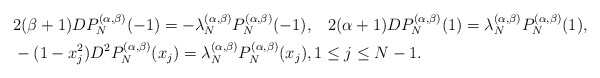
\begin{align*}& 2(\beta+1) DP_N^{(\alpha,\beta)}(-1)=-\lambda^{(\alpha,\beta)}_N P_N^{(\alpha,\beta)}(-1), \;\;\; 2(\alpha+1) DP_N^{(\alpha,\beta)}(1)=\lambda^{(\alpha,\beta)}_N P_N^{(\alpha,\beta)}(1), \\& -(1-x^2_j)D^2 P^{(\alpha,\beta)}_{N}(x_j)=\lambda^{(\alpha,\beta)}_N P^{(\alpha,\beta)}_{N}(x_j),1\le j\le N-1.\end{align*}